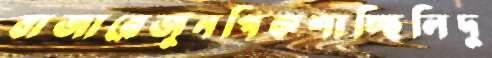
বাজারেজুনপিকশাচ্ছিলিদু